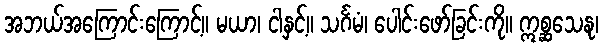
အဘယ်အကြောင်းကြောင့်။ မယာ၊ ငါနှင့်။ သင်္ဂမံ၊ ပေါင်းဖော်ခြင်းကို။ ဣစ္ဆသေနု၊